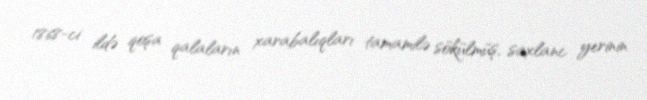
1868-ci ildə qoşa qalaların xarabalıqları tamamilə sökülmüş, saxlanc yerinin